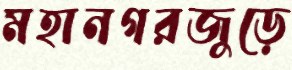
মহানগরজুড়ে